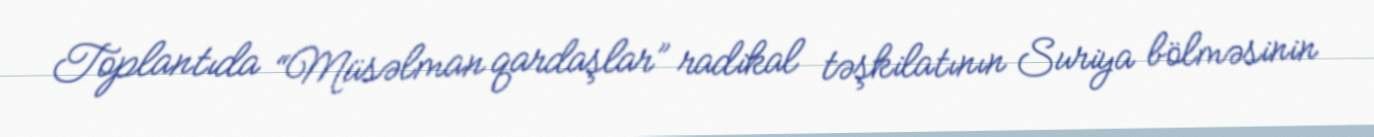
Toplantıda “Müsəlman qardaşlar” radikal təşkilatının Suriya bölməsinin